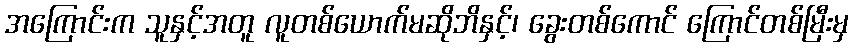
အကြောင်းက သူနှင့်အတူ လူတစ်ယောက်မဆိုဘိနှင့်၊ ခွေးတစ်ကောင် ကြောင်တစ်မြီးမှ